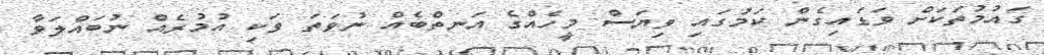
ގައުމުތަކަށް ވަޑައިގެން ކަމުގައި ވިޔަސް މީހެއްގެ އަނތްބެއް ނުވަތަ ވަކި އުމުރެއް ނުބައްލަވާ